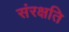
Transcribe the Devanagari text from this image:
संरक्षति